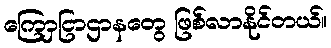
ကြောှငြာဌာနတွေ ဖြစ်လာနိုင်တယ်။